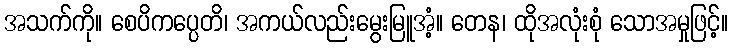
အသက်ကို။ စေပိကပ္ပေတိ၊ အကယ်လည်းမွေးမြူအံ့။ တေန၊ ထိုအလုံးစုံ သောအမှုဖြင့်။